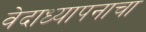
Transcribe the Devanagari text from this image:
वेदाध्यापनाचा